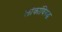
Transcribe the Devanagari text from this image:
लोकांविरुद्ध